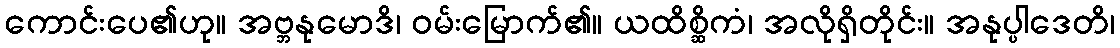
ကောင်းပေ၏ဟု။ အဗ္ဘနုမောဒိ၊ ဝမ်းမြောက်၏။ ယထိစ္ဆိကံ၊ အလိုရှိတိုင်း။ အနုပ္ပါဒေတိ၊